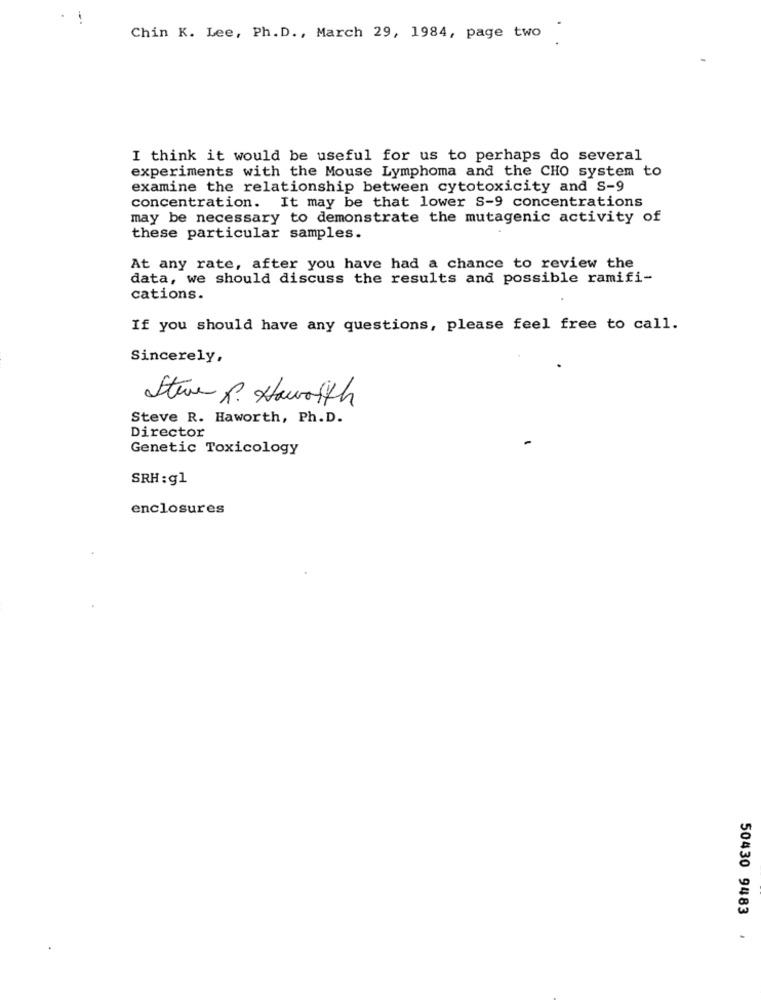
Chin K. Lee, Ph. D ., March 29, 1984, page two
I think it would be useful for us to perhaps do several
experiments with the Mouse Lymphoma and the CHO system to
examine the relationship between cytotoxicity and S-9
concentration. It may be that lower S-9 concentrations
may be necessary to demonstrate the mutagenic activity of
these particular samples.
At any rate, after you have had a chance to review the
data, we should discuss the results and possible ramifi-
cations.
If you should have any questions, please feel free to call.
Sincerely,
Steve R. Haworth
Steve R. Haworth, Ph.D.
Director
Genetic Toxicology
SRH : g1
enclosures
50430 9483